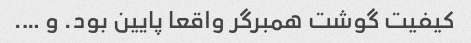
کیفیت گوشت همبرگر واقعا پایین بود. و ….